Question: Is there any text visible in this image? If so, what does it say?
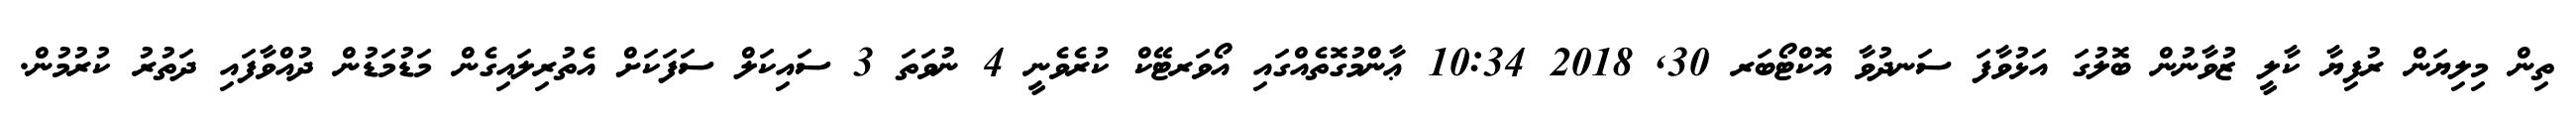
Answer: ތިން މިލިޔަން ރުފިޔާ ކާލީ ޒުވާނުން ބޮލުގަ އަޅުވާފަ ސަނދުވާ އޮކްޓޯބަރ 30, 2018 10:34 ޢާންމުގޮތެއްގައި އޯވަރޓޭކް ކުރެވެނީ 4 ނުވަތަ 3 ސައިކަލް ސަފަކަށް އެތުރިލައިގެން މަޑުމަޑުން ދުއްވާފައި ދަތުރު ކުރުމުން.